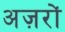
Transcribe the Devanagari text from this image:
अज़रों